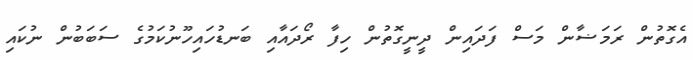
އެގޮތުން ރަމަޟާން މަސް ފަދައިން ދީނީގޮތުން ހިފާ ރޯދައާއި ބަނޑުހައިހޫނުކަމުގެ ސަބަބުން ނުކައި